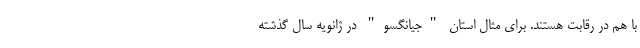
با هم در رقابت هستند. برای مثال استان "جیانگسو" در ژانویه سال گذشته